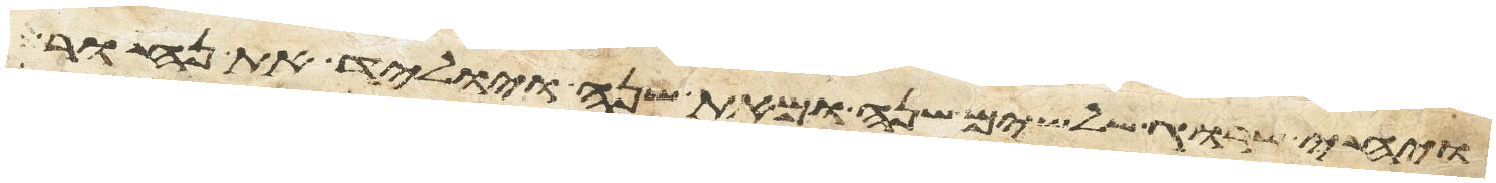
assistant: ויחי שרוג שלשים שנה ומאת שנה ויוליד את נחור